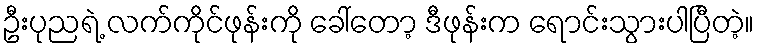
ဦးပုညရဲ့ လက်ကိုင်ဖုန်းကို ခေါ်တော့ ဒီဖုန်းက ရောင်းသွားပါပြီတဲ့။